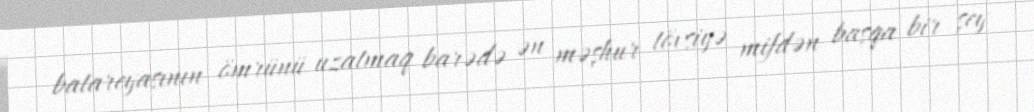
batareyasının ömrünü uzatmaq barədə ən məşhur tövsiyə mifdən başqa bir şey